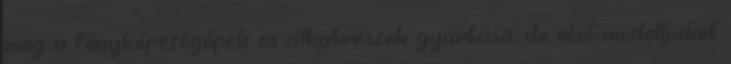
meg a fényképezőgépek és alkatrészek gyártása, de első modelljüket